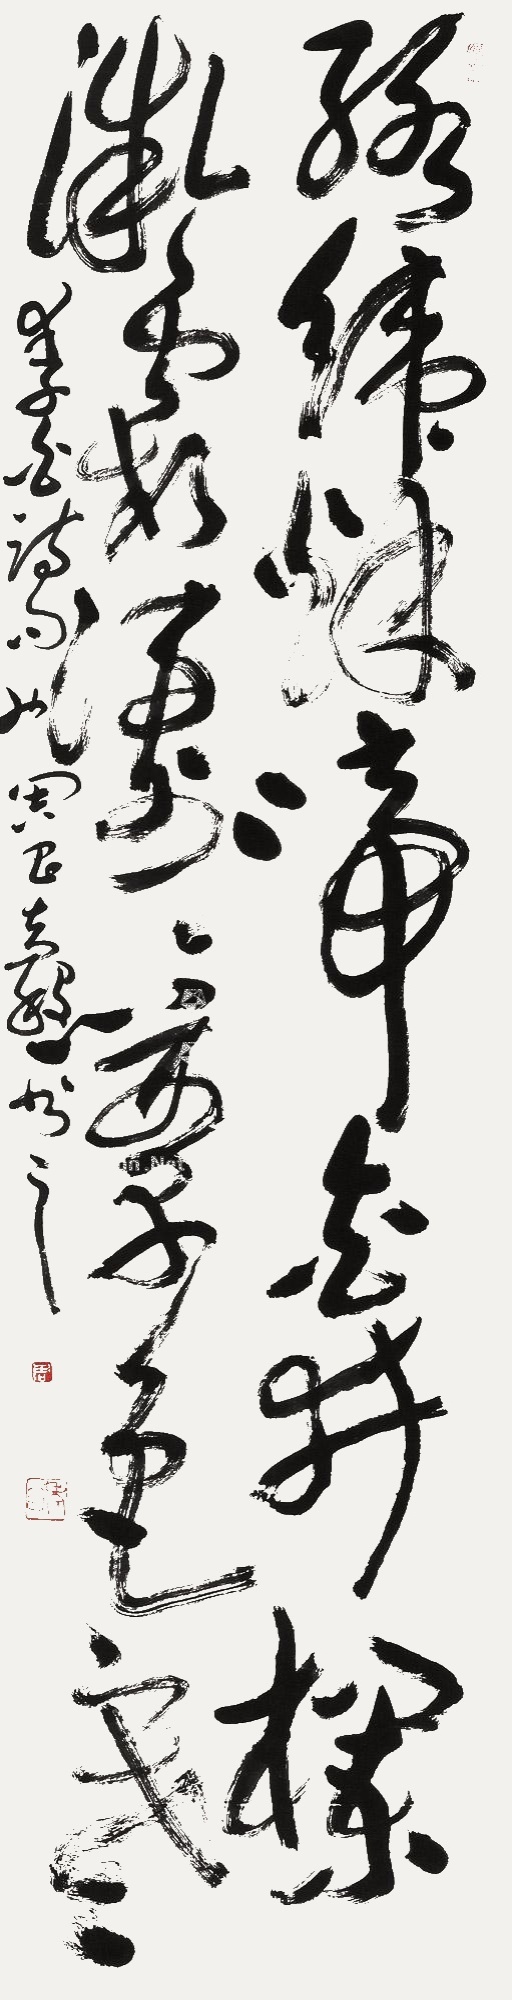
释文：络纬秋啼金井栏微霞凄凄簟色寒李白诗句也周昌谷书之周老谷雁荡